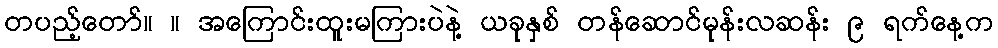
တပည့်တော်။ ။ အကြောင်းထူးမကြားပဲနဲ့ ယခုနှစ် တန်ဆောင်မုန်းလဆန်း ၉ ရက်နေ့က